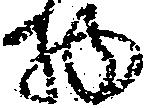
物